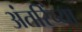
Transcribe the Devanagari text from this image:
अंतरिंच्या